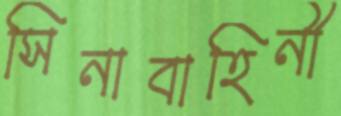
সিনাবাহিনী